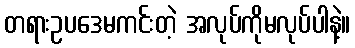
တရားဥပဒေမကင်းတဲ့ အလုပ်ကိုမလုပ်ပါနဲ့။